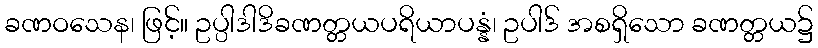
ခဏဝသေန၊ ဖြင့်။ ဥပ္ပါဒါဒိခဏတ္တယပရိယာပန္နံ၊ ဥပါဒ် အစရှိသော ခဏတ္တယ၌